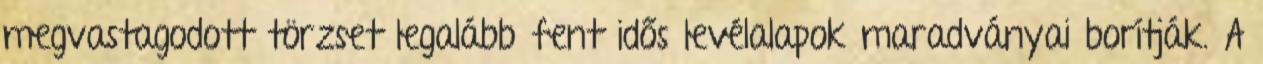
megvastagodott törzset legalább fent idős levélalapok maradványai borítják. A